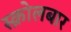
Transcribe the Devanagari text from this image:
स्क्रोलबार